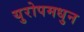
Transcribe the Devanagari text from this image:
युरोपमधुन